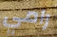
رامي